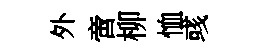
外啻柳恤彧